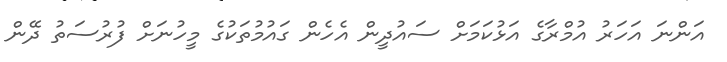
އަންނަ އަހަރު އުމްރާގެ އަޅުކަމަށް ސައުދީން އެހެން ގައުމުތަކުގެ މީހުނަށް ފުރުސަތު ދޭން